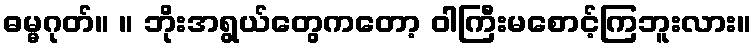
ဓမ္မဂုတ်။ ။ ဘိုးအရွယ်တွေကတော့ ဝါကြီးမစောင့်ကြဘူးလား။